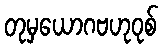
တုမှယောဂဗဟုဝုစ်